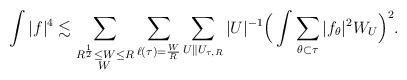
LaTeX: \begin{align*} \int|f|^4\lesssim \sum_{\substack{R^{\frac{1}{2}}\le W\le R\\ W\,}}\sum_{\ell(\tau)=\frac{W}{R}}\sum_{U\|U_{\tau,R}}|U|^{-1}\Big(\int\sum_{\theta\subset\tau}|f_\theta|^2W_U\Big)^2. \end{align*}